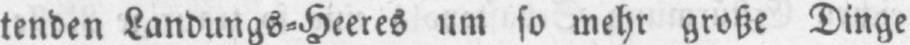
tenden Landungs⸗Heeres um so mehr große Dinge